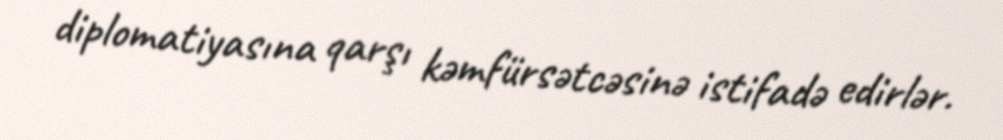
diplomatiyasına qarşı kəmfürsətcəsinə istifadə edirlər.